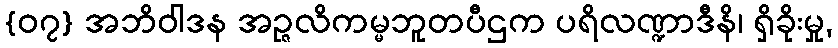
{၀၇} အဘိဝါဒန အဉ္ဇလိကမ္မဘူတပီဌက ပရိလဏ္ဍာဒီနိ၊ ရှိခိုးမှု,